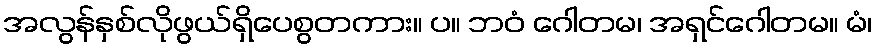
အလွန်နှစ်လိုဖွယ်ရှိပေစွတကား။ ပ။ ဘဝံ ဂေါတမ၊ အရှင်ဂေါတမ။ မံ၊